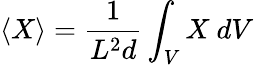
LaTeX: \langle X\rangle=\frac{1}{L^{2}d}\int_{V}X\mathrm{~}dV